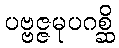
ပဗ္ဗဇ္ဇမုပဂစ္ဆိ